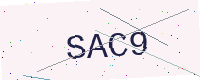
Text: SAC9